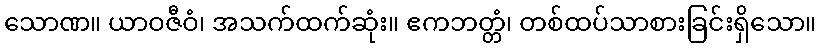
သောဏ။ ယာဝဇီဝံ၊ အသက်ထက်ဆုံး။ ဧကဘတ္တံ၊ တစ်ထပ်သာစားခြင်းရှိသော။